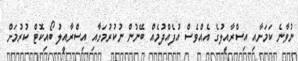
ނުވާނެ ކަމަށާއި އިސްރާއީލުގެ އެއްވެސް އުފެއްދުމެއް ބޭނުން ނުކުރުމަށާއި އިސްރާއީލު ބޯއިކޮޓް ކުރުމަށް